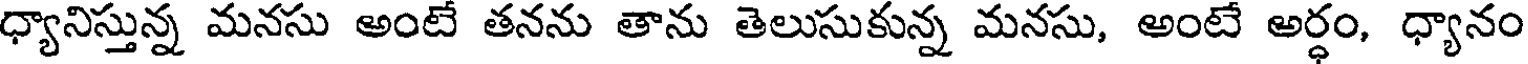
ధ్యానిస్తున్న మనసు అంటే తనను తాను తెలుసుకున్న మనసు, అంటే అర్ధం, ధ్యానం